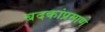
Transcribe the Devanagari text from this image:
बदकांप्रमाणे